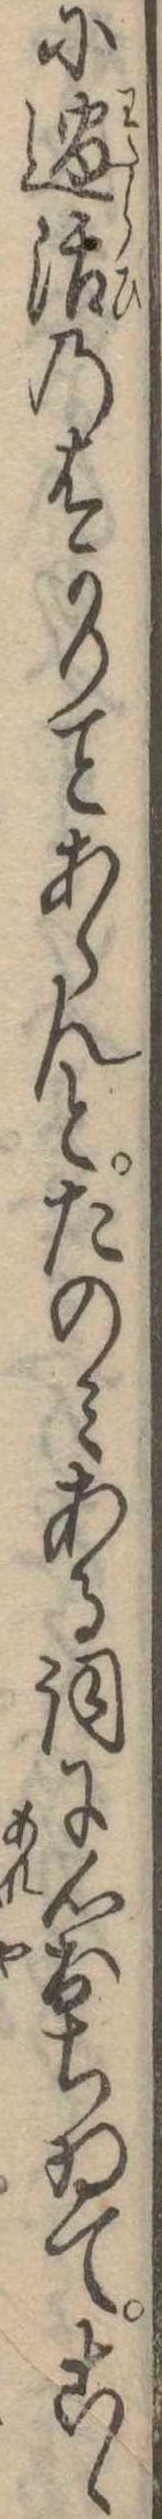
に過活のはかりあらんとたのみある詞に心おちゐてこゝ